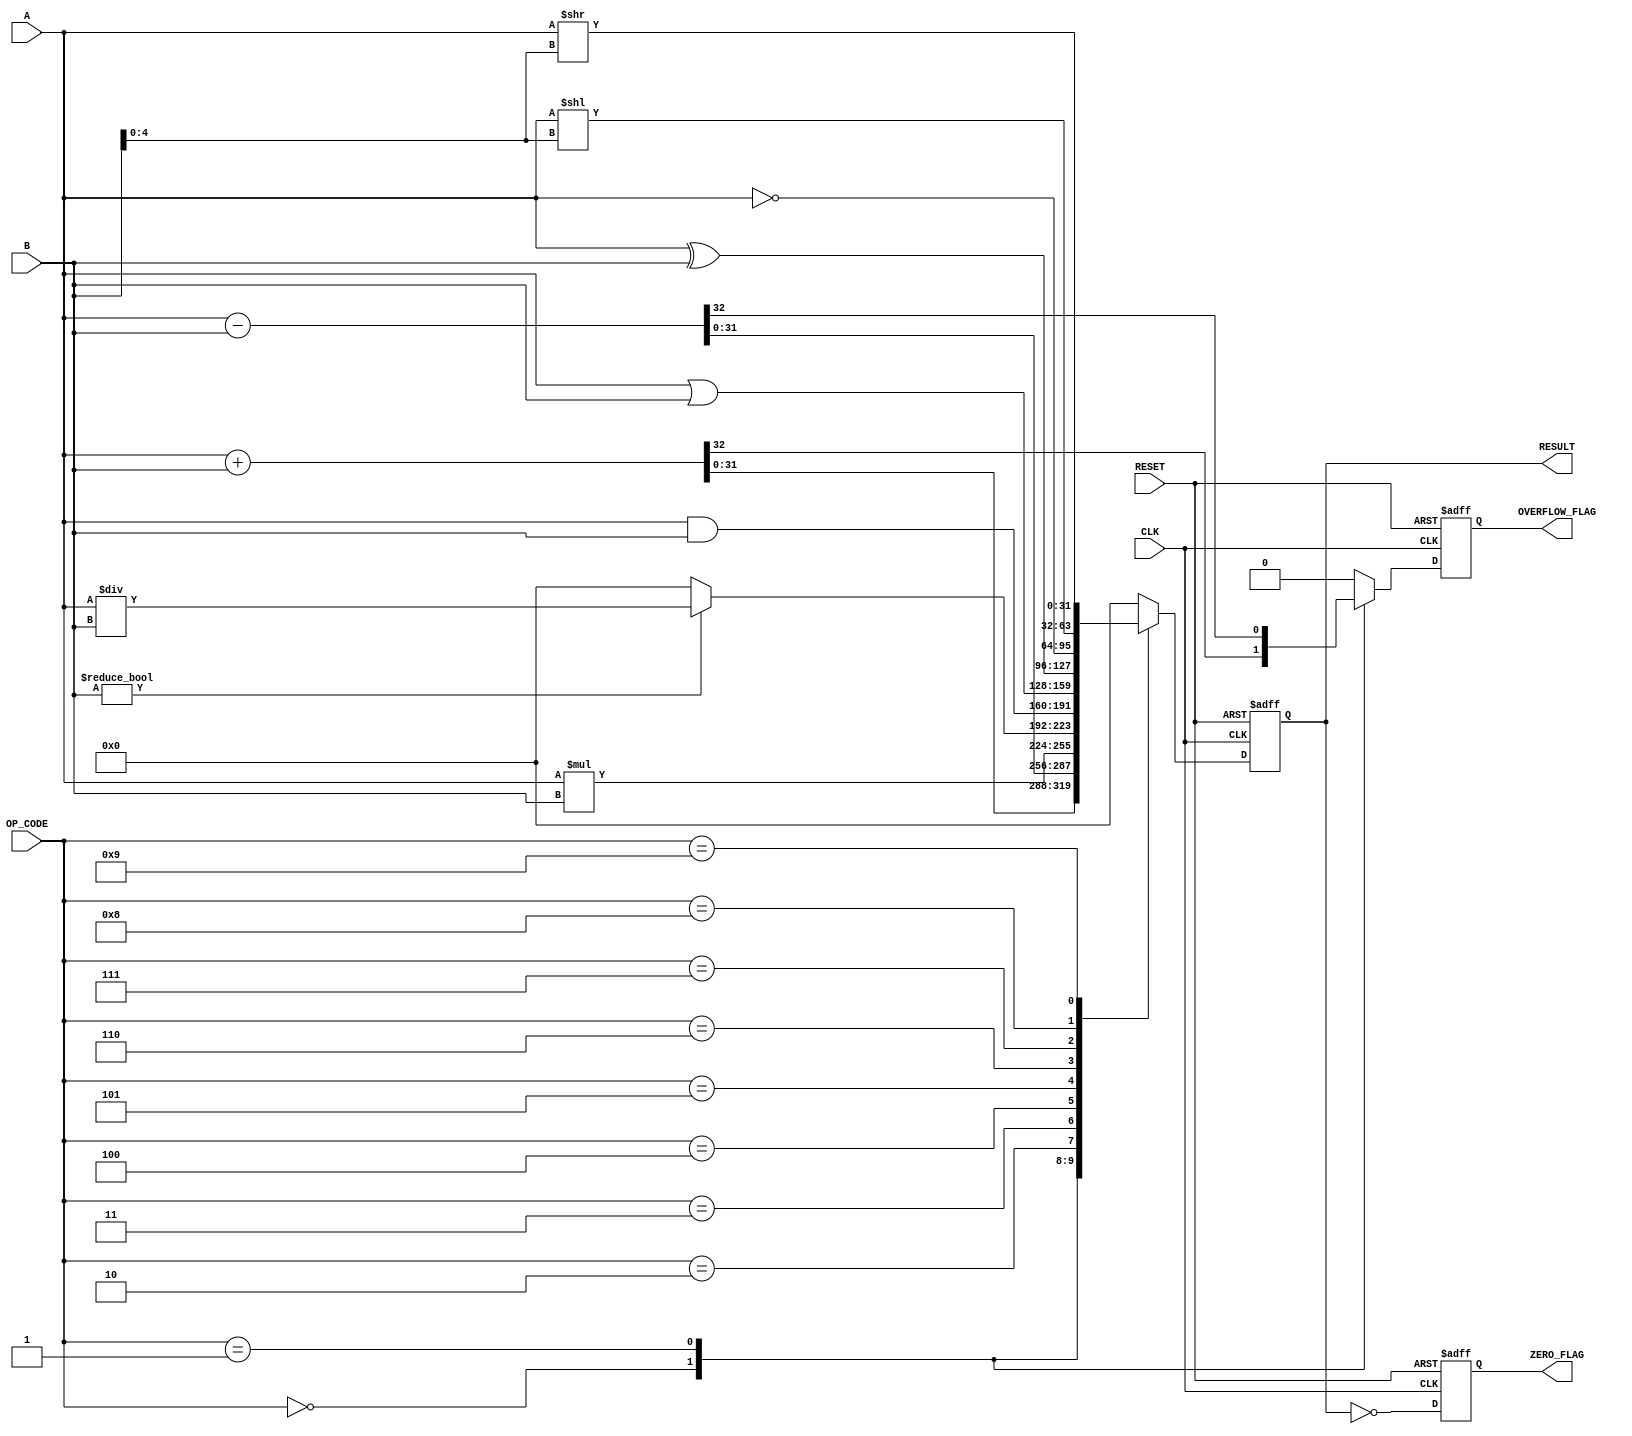
module parameterized_ALU #(
    parameter DATA_WIDTH = 32,
    parameter OPERATION = 4 // Define the number of operations, adjust as needed
)(
    input  wire [DATA_WIDTH-1:0] A,
    input  wire [DATA_WIDTH-1:0] B,
    input  wire [3:0] OP_CODE,
    input  wire CLK,
    input  wire RESET,
    output reg [DATA_WIDTH-1:0] RESULT,
    output reg ZERO_FLAG,
    output reg OVERFLOW_FLAG
);

// Define operation codes
localparam ADD      = 4'b0000;
localparam SUB      = 4'b0001;
localparam MUL      = 4'b0010;
localparam DIV      = 4'b0011;
localparam AND      = 4'b0100;
localparam OR       = 4'b0101;
localparam XOR      = 4'b0110;
localparam NOT      = 4'b0111;
localparam SHL      = 4'b1000;
localparam SHR      = 4'b1001;

always @(posedge CLK or posedge RESET) begin
    if (RESET) begin
        RESULT <= 0;
        ZERO_FLAG <= 0;
        OVERFLOW_FLAG <= 0;
    end else begin
        OVERFLOW_FLAG <= 0; // Reset overflow flag
        case (OP_CODE)
            ADD: begin
                {OVERFLOW_FLAG, RESULT} <= A + B;
            end
            SUB: begin
                {OVERFLOW_FLAG, RESULT} <= A - B;
            end
            MUL: begin
                RESULT <= A * B;
            end
            DIV: begin
                if (B != 0)
                    RESULT <= A / B;
                else
                    RESULT <= 0; // Handle division by zero
            end
            AND: begin
                RESULT <= A & B;
            end
            OR: begin
                RESULT <= A | B;
            end
            XOR: begin
                RESULT <= A ^ B;
            end
            NOT: begin
                RESULT <= ~A; // Unary operation
            end
            SHL: begin
                RESULT <= A << B[4:0]; // Limit shift to DATA_WIDTH
            end
            SHR: begin
                RESULT <= A >> B[4:0]; // Limit shift to DATA_WIDTH
            end
            default: begin
                RESULT <= 0; // Default case
            end
        endcase
        
        // Set the zero flag
        ZERO_FLAG <= (RESULT == 0);
    end
end

endmodule